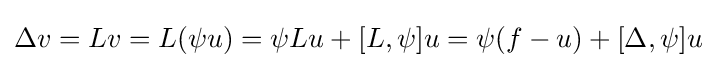
\Delta v=Lv=L(\psi u)=\psi Lu+[L,\psi ]u=\psi (f-u)+[\Delta ,\psi ]u